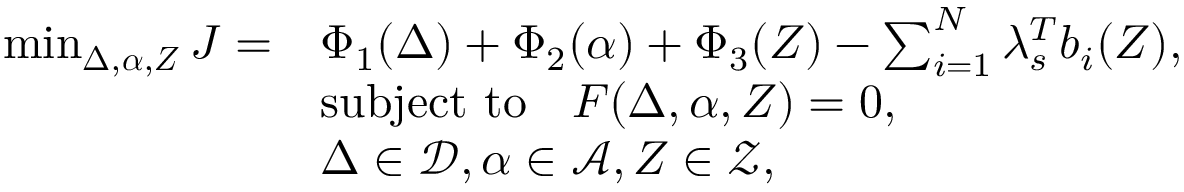
\begin{array} { r l } { \! \! \! \operatorname* { m i n } _ { \boldsymbol { \Delta } , \boldsymbol { \alpha } , \boldsymbol { Z } } J = } & { \Phi _ { 1 } ( \boldsymbol { \Delta } ) + \Phi _ { 2 } ( \boldsymbol { \alpha } ) + \Phi _ { 3 } ( \boldsymbol { Z } ) - \sum _ { i = 1 } ^ { N } \lambda _ { s } ^ { T } b _ { i } ( \boldsymbol { Z } ) , } \\ & { \mathrm { s u b j e c t ~ t o ~ } \; \ F ( \boldsymbol { \Delta } , \boldsymbol { \alpha } , \boldsymbol { Z } ) = 0 , } \\ & { \boldsymbol { \Delta } \in \mathcal { D } , \boldsymbol { \alpha } \in \mathcal { A } , \boldsymbol { Z } \in \mathcal { Z } , } \end{array}